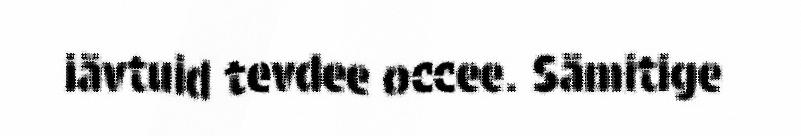
iävtuid tevdee occee. Sämitige